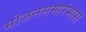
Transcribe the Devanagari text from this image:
भोजनसमारंभास